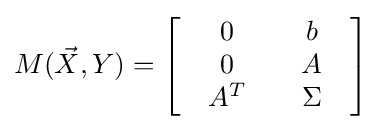
M({\vec {X}},Y)=\left[{\begin{array}{*{20}c}{\begin{array}{*{20}c}0\\0\\A^{T}\end{array}}&{\begin{array}{*{20}c}b\\A\\\Sigma \end{array}}\end{array}}\right]